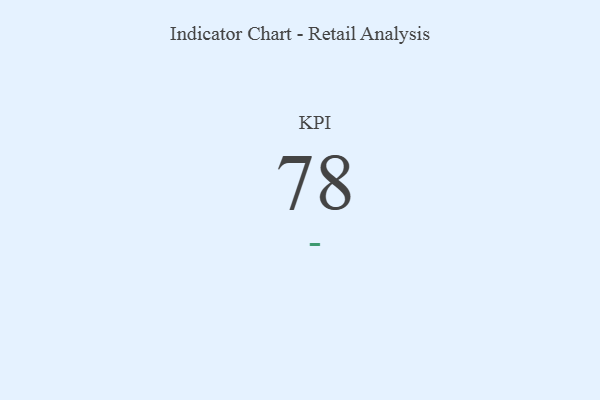
{"axis": {"x": "KPI", "y": "Value"}, "legend": [""], "data": [{"x": "KPI", "y": 78, "type": ""}]}